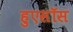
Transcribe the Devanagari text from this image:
हुएसॉस